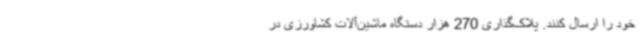
خود را ارسال کنند. پلاک‌گذاری 270 هزار دستگاه ماشین‌آلات کشاورزی در